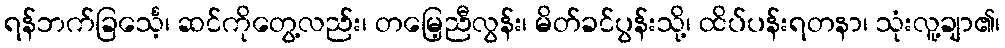
ရန်ဘက်ခြင်္သေ့၊ ဆင်ကိုတွေ့လည်း၊ တမြေ့ညီလွန်း၊ မိတ်ခင်ပွန်းသို့၊ ထိပ်ပန်းရတနာ၊ သုံးလူ့ချာ၏၊